system: You are a helpful assistant.
user:
Analyze the provided spectrum to determine if it is a **M-type Giant (gM)**.

A M-type Giant spectrum is defined by its **strong molecular absorption** features, particularly from **Titanium Oxide (TiO)**. You must check for one of the following mutually exclusive signatures:

- **Key Visual Indicators (Absorption-Dominated Spectrum):**

    - **(Primary):** The spectrum is dominated by strong molecular absorption from **Titanium Oxide (TiO)**. This is the **defining feature** of its M-type temperature class.
        - **(Key Bandheads):** Look for sharp, "saw-tooth" absorption valleys. The strongest are located near **~7050 Å**, **~6160 Å**, and **~5170 Å**.
        - **(Line Profile):** The "saw-tooth" morphology is critical: a **sharp, steep drop on the BLUE (short-wavelength) side** of the bandhead, followed by a gradual recovery (rising flux) towards the RED (long-wavelength) side.

    - **(Key Confirmation - Giant vs. Dwarf):** **ABSENCE** of strong **Calcium Hydride (CaH)** molecular bands. This is the primary diagnostic for *excluding* M-dwarfs.
        - **(Key Region):** The spectrum should lack the strong, broad absorption band seen in dwarfs between **~6800 Å and ~7000 Å**.

    - **(Secondary Confirmation - Giant):** A very strong and broad **Neutral Calcium (Ca I)** atomic absorption line.
        - **(Key Line):** Located at **~4226 Å**. In a giant (gM), this line is significantly deeper and broader than the same line in an M-dwarf (dM) due to low surface gravity.

    - **(Overall Spectrum):**
        - The continuum is **extremely red-sloping** (i.e., flux is very low in the blue and rises dramatically towards the red).
        - The entire spectrum appears "chopped up" by the deep TiO bands.

Think first, call **spectral_visualization_tool** if needed to examine features in detail, then provide your final answer. Your response must adhere to the following strict rules:
1.  **Overall Structure:** Your response must follow the format `<think>...</think> <tool_call>...</tool_call> (if a tool is used) <answer>...</answer>`.
2.  **Tool Usage Constraint:** You may only make **one** tool call per turn.
3.  **Final Answer Format:** In the `<answer>` tag, your conclusion must be inside a `\boxed{}` command (e.g., `\boxed{YES}` or `\boxed{NO}`), followed by your justification.

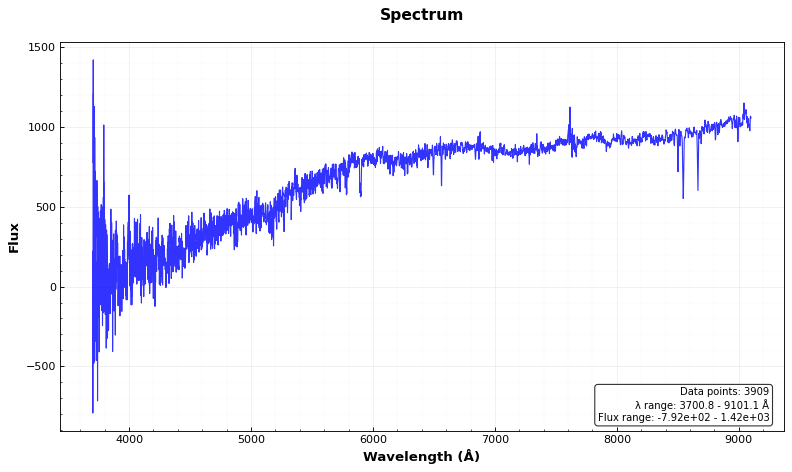
Answer: NO